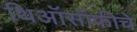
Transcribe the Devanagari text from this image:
थिऑसॉफीचे